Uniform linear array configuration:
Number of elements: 4
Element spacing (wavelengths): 0.75
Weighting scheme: uniform
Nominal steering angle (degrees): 15
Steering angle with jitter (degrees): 16.499
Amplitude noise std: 0.05
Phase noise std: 0.05

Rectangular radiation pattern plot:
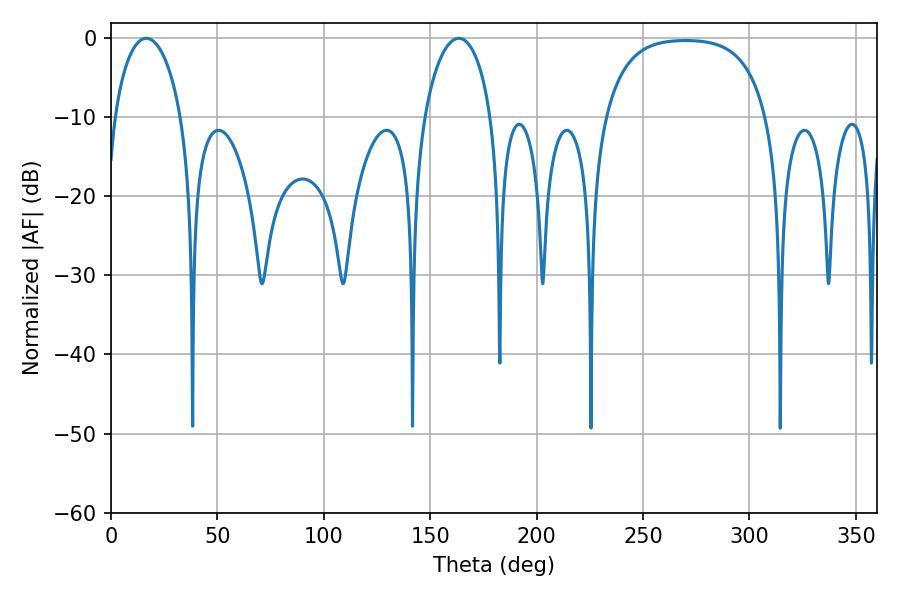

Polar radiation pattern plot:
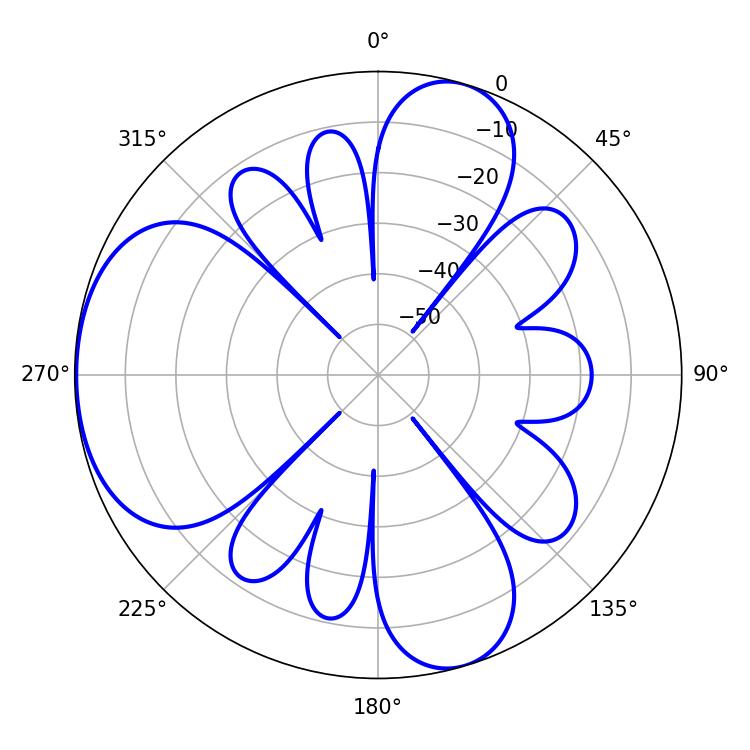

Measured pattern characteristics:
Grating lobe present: TRUE
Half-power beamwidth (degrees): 18.18
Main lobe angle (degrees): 16.56